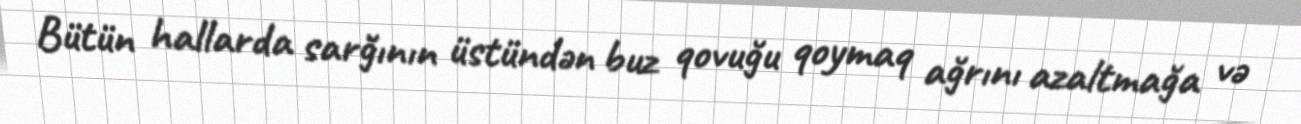
Bütün hallarda sarğının üstündən buz qovuğu qoymaq ağrını azaltmağa və